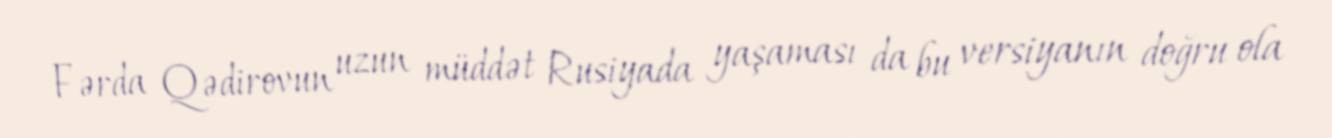
Fərda Qədirovun uzun müddət Rusiyada yaşaması da bu versiyanın doğru ola